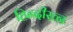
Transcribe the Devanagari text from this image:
हिन्दीरत्न